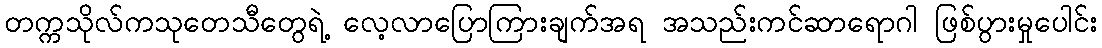
တက္ကသိုလ်ကသုတေသီတွေရဲ့ လေ့လာပြောကြားချက်အရ အသည်းကင်ဆာရောဂါ ဖြစ်ပွားမှုပေါင်း